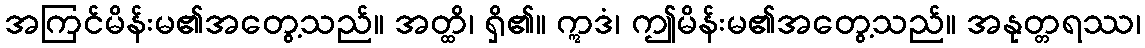
အကြင်မိန်းမ၏အတွေ့သည်။ အတ္ထိ၊ ရှိ၏။ ဣဒံ၊ ဤမိန်းမ၏အတွေ့သည်။ အနုတ္တရဿ၊